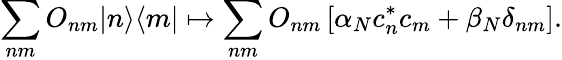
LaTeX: \sum_{nm}{O}_{nm}|n\rangle\langle m|\mapsto\sum_{nm}O_{nm}\left[\alpha_{N}c_{n}^{*}c_{m}+\beta_{N}\delta_{nm}\right].